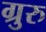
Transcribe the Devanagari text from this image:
ग्रुरु